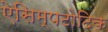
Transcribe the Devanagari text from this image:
ऐसिम्पटोटिक